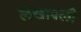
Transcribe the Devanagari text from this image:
लेखावली